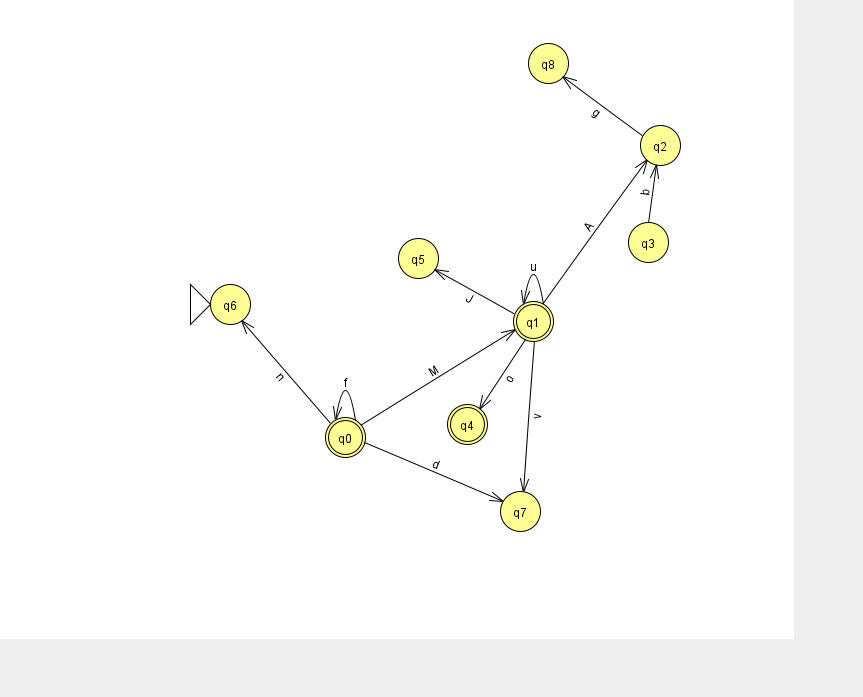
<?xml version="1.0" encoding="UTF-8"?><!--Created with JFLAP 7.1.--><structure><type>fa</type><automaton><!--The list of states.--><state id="0" name="q0"><x>345.0</x><y>424.0</y><final/></state><state id="1" name="q1"><x>533.0</x><y>308.0</y><final/></state><state id="2" name="q2"><x>660.0</x><y>132.0</y></state><state id="3" name="q3"><x>648.0</x><y>229.0</y></state><state id="4" name="q4"><x>467.0</x><y>411.0</y><final/></state><state id="5" name="q5"><x>418.0</x><y>245.0</y></state><state id="6" name="q6"><x>230.0</x><y>291.0</y><initial/></state><state id="7" name="q7"><x>520.0</x><y>498.0</y></state><state id="8" name="q8"><x>548.0</x><y>50.0</y></state><!--The list of transitions.--><transition><from>0</from><to>6</to><read>n</read></transition><transition><from>1</from><to>5</to><read>J</read></transition><transition><from>0</from><to>1</to><read>M</read></transition><transition><from>1</from><to>7</to><read>v</read></transition><transition><from>1</from><to>1</to><read>u</read></transition><transition><from>0</from><to>0</to><read>f</read></transition><transition><from>1</from><to>4</to><read>o</read></transition><transition><from>3</from><to>2</to><read>b</read></transition><transition><from>1</from><to>2</to><read>A</read></transition><transition><from>2</from><to>8</to><read>g</read></transition><transition><from>0</from><to>7</to><read>d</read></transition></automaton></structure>